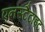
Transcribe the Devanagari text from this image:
एनस्टैटाइट